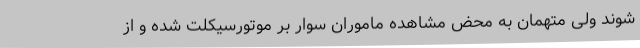
شوند ولی متهمان به محض مشاهده ماموران سوار بر موتورسیکلت شده و از